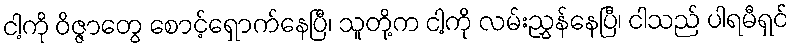
ငါ့ကို ဝိဇ္ဇာတွေ စောင့်ရှောက်နေပြီ၊ သူတို့က ငါ့ကို လမ်းညွှန်နေပြီ၊ ငါသည် ပါရမီရှင်